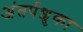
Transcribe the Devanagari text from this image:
अंतर्पशुका